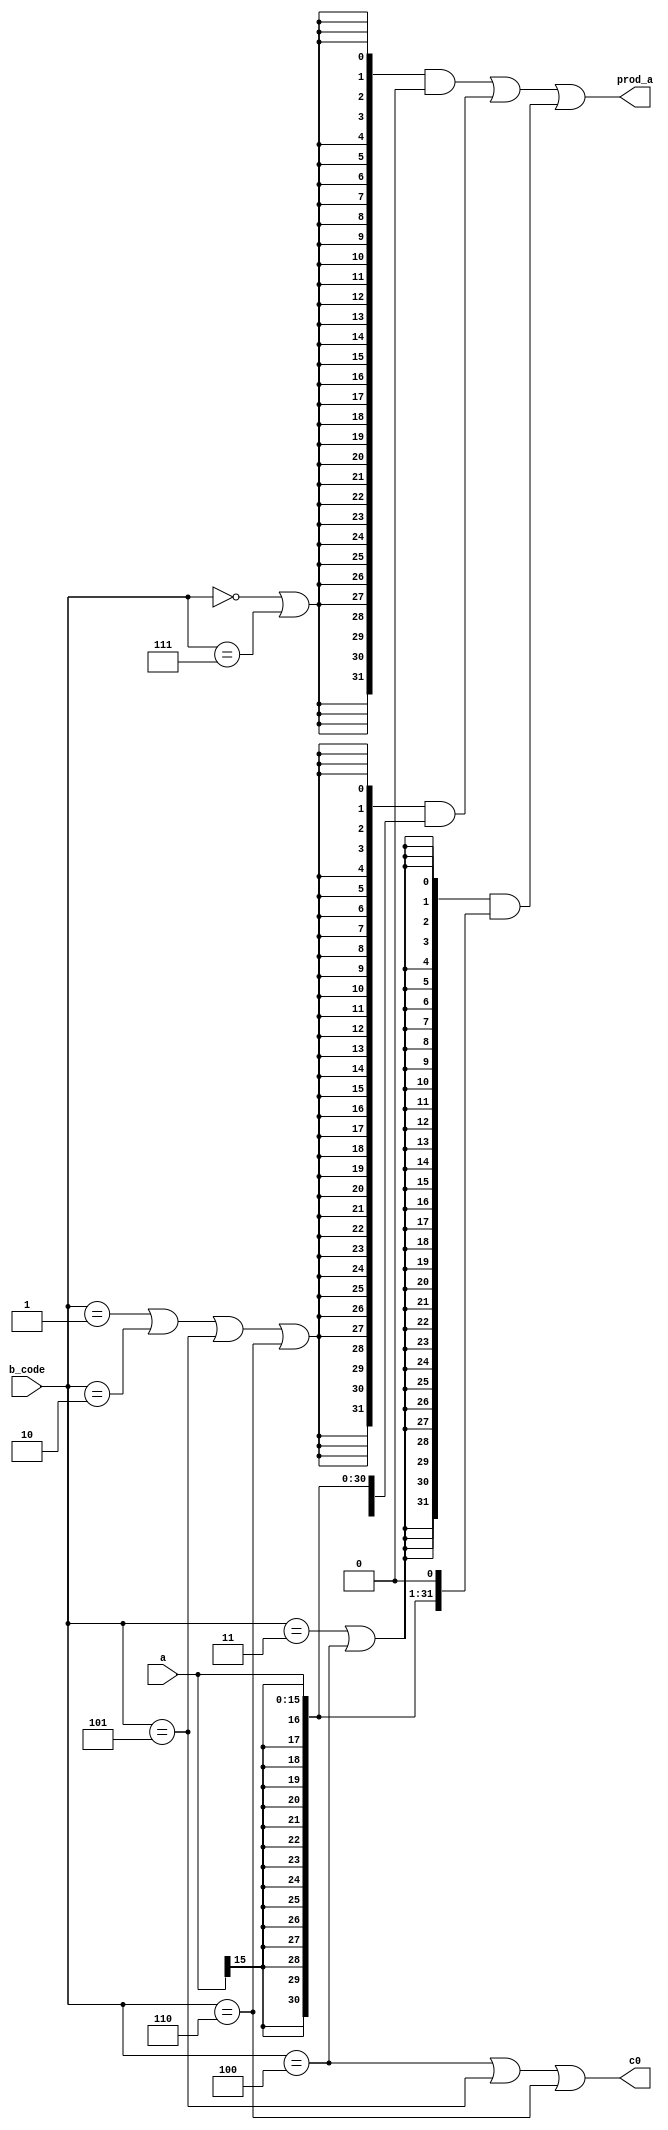
// *********************************************************************************
// Create       : 2023-12-09 16:55
// *********************************************************************************
// Description  : 
//                booth
//==================================================================================
// Revision History:
// Date         By              Revision        Change Description
//----------------------------------------------------------------------------------
// 2023-12-09   huzhengxuan        1.0             Original
//==================================================================================

module booth_code
(
    input   [15:0]       a,
    input   [2:0]         b_code,
    output [31:0]       prod_a,
    output                 c0
);

wire neg, one, two, zero;
// wire [31:0] prod_a_pre;

assign neg = (b_code == 3'b100) | (b_code == 3'b101) | (b_code == 3'b110);
assign one = (b_code == 3'b001) | (b_code == 3'b010) | (b_code == 3'b101) | (b_code == 3'b110);
assign two = (b_code == 3'b011) | (b_code == 3'b100) ;
assign zero = (b_code == 3'b000) | (b_code == 3'b111);
// assign prod_a_pre = ({32{zero}} & 32'b0) | ({32{one}} & {{16{a[15]}},a}) | ({32{two}} & {{15{a[15]}},a,1'b0});
assign prod_a = ({32{zero}} & 32'b0) | ({32{one}} & {{16{a[15]}},a}) | ({32{two}} & {{15{a[15]}},a,1'b0});
// assign prod_a = neg ? (~prod_a_pre) : prod_a_pre;
assign c0 = neg;


endmodule